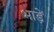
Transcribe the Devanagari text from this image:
भाड़ें